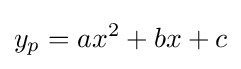
y_{p}=ax^{2}+bx+c